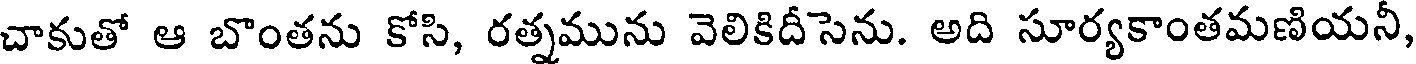
చాకుతో ఆ బొంతను కోసి, రత్నమును వెలికిదీసెను. అది సూర్యకాంతమణియనీ,